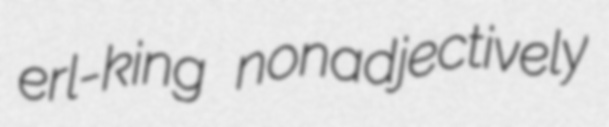
erl-king nonadjectively